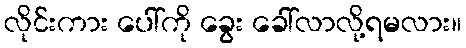
လိုင်းကား ပေါ်ကို ခွေး ခေါ်လာလို့ရမလား။